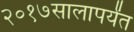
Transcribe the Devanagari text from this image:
२०१७सालापर्यंत